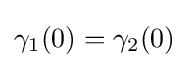
\gamma _{1}(0)=\gamma _{2}(0)